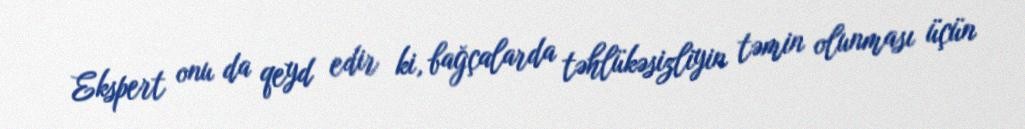
Ekspert onu da qeyd edir ki, bağçalarda təhlükəsizliyin təmin olunması üçün